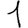
Digit: 1